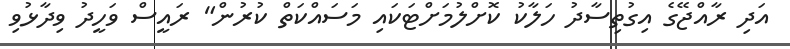
އަދި ރާއްޖޭގެ އިގުތިސާދު ހަލާކު ކޮށްލުމަށްޓަކައި މަސައްކަތް ކުރުން" ރައީސް ވަހީދު ވިދާޅުވި